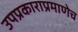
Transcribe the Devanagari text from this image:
उपप्रकाराप्रमाणेच